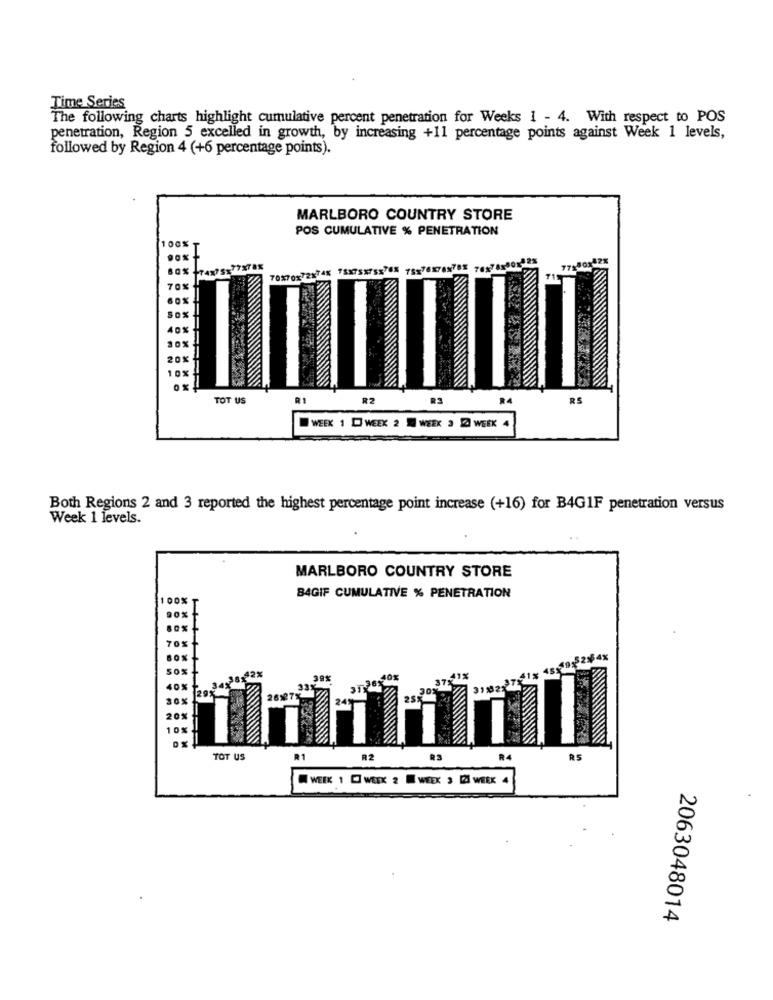
Time Series
The following charts highlight cumulative percent penetration for Weeks 1 - 4. With respect to POS
penetration, Region 5 excelled in growth, by increasing +11 percentage points against Week 1 levels,
followed by Region 4 (+6 percentage points).
MARLBORO COUNTRY STORE
POS CUMULATIVE % PENETRATION
100%
70870-72X74X 75X75X75X76X 78x76x7
70%
40%
30%
20%
10%
TOT US
R2
R2
RS
WEEK 1 [ WEEK 2 WEEK 3 Z WEEK 4
Both Regions 2 and 3 reported the highest percentage point increase (+16) for B4GIF penetration versus
Week 1 levels.
MARLBORO COUNTRY STORE
B4GIF CUMULATIVE % PENETRATION
0x
2#4%
39%
401
30%
20%
10%
TOT US
R2
R3
R4
RS
WEEK 1 C WEEK 2 WEEK 3 [ZI WEEK 4
2063048014